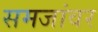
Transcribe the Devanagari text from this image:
समजांवर